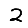
Digit: 2